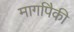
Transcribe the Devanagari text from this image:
मार्गापैकी